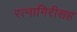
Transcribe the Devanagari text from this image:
रत्नागिरीसह